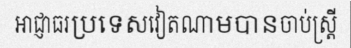
អាជ្ញាធរប្រទេសវៀតណាមបានចាប់ស្ត្រី